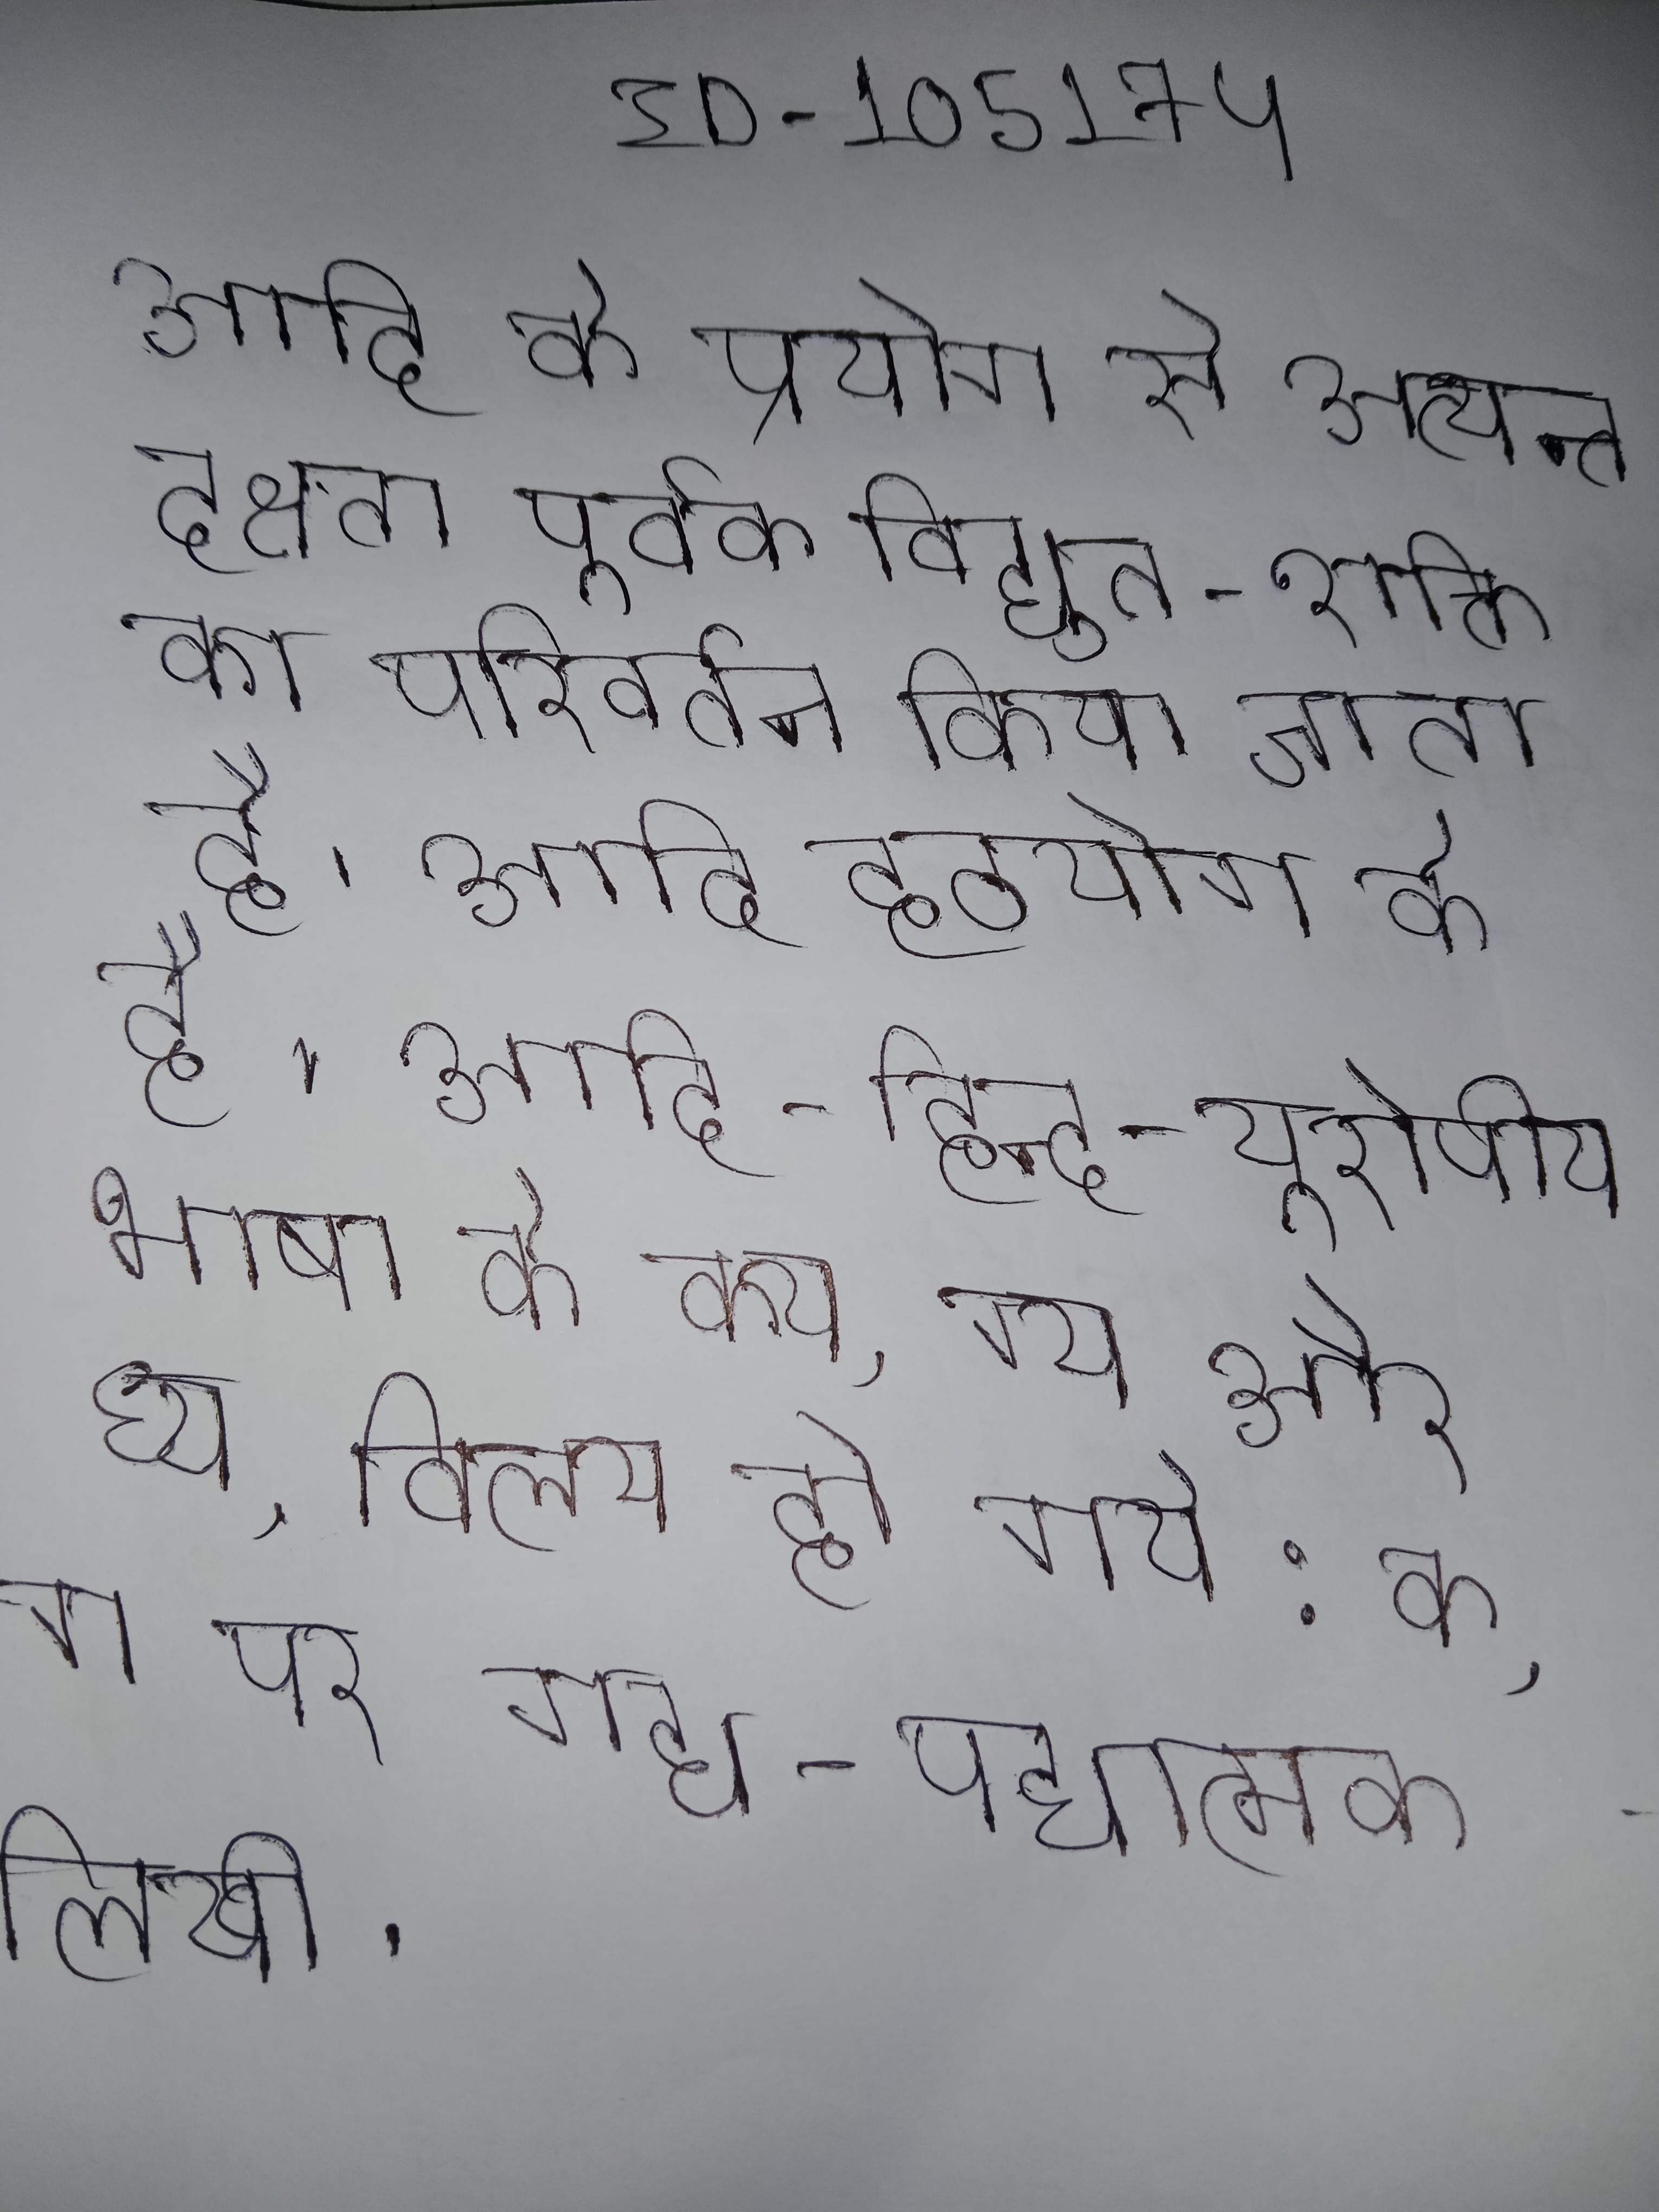
आदि के प्रयोग से अत्यन्त दक्षता पूर्वक विद्युत-शक्ति का परिवर्तन किया जाता है । आदि हठयोग के है । आदि-हिन्द-यूरोपीय भाषा के क्य, ग्य और घ्य, विलय हो गये: क, ग और घ। इटैलिक, यूनानी, केल्टिक और जर्मनिक आती । आदि हिन्दी के कितने ही की पर गद्य- पद्यात्मक लिखी ।